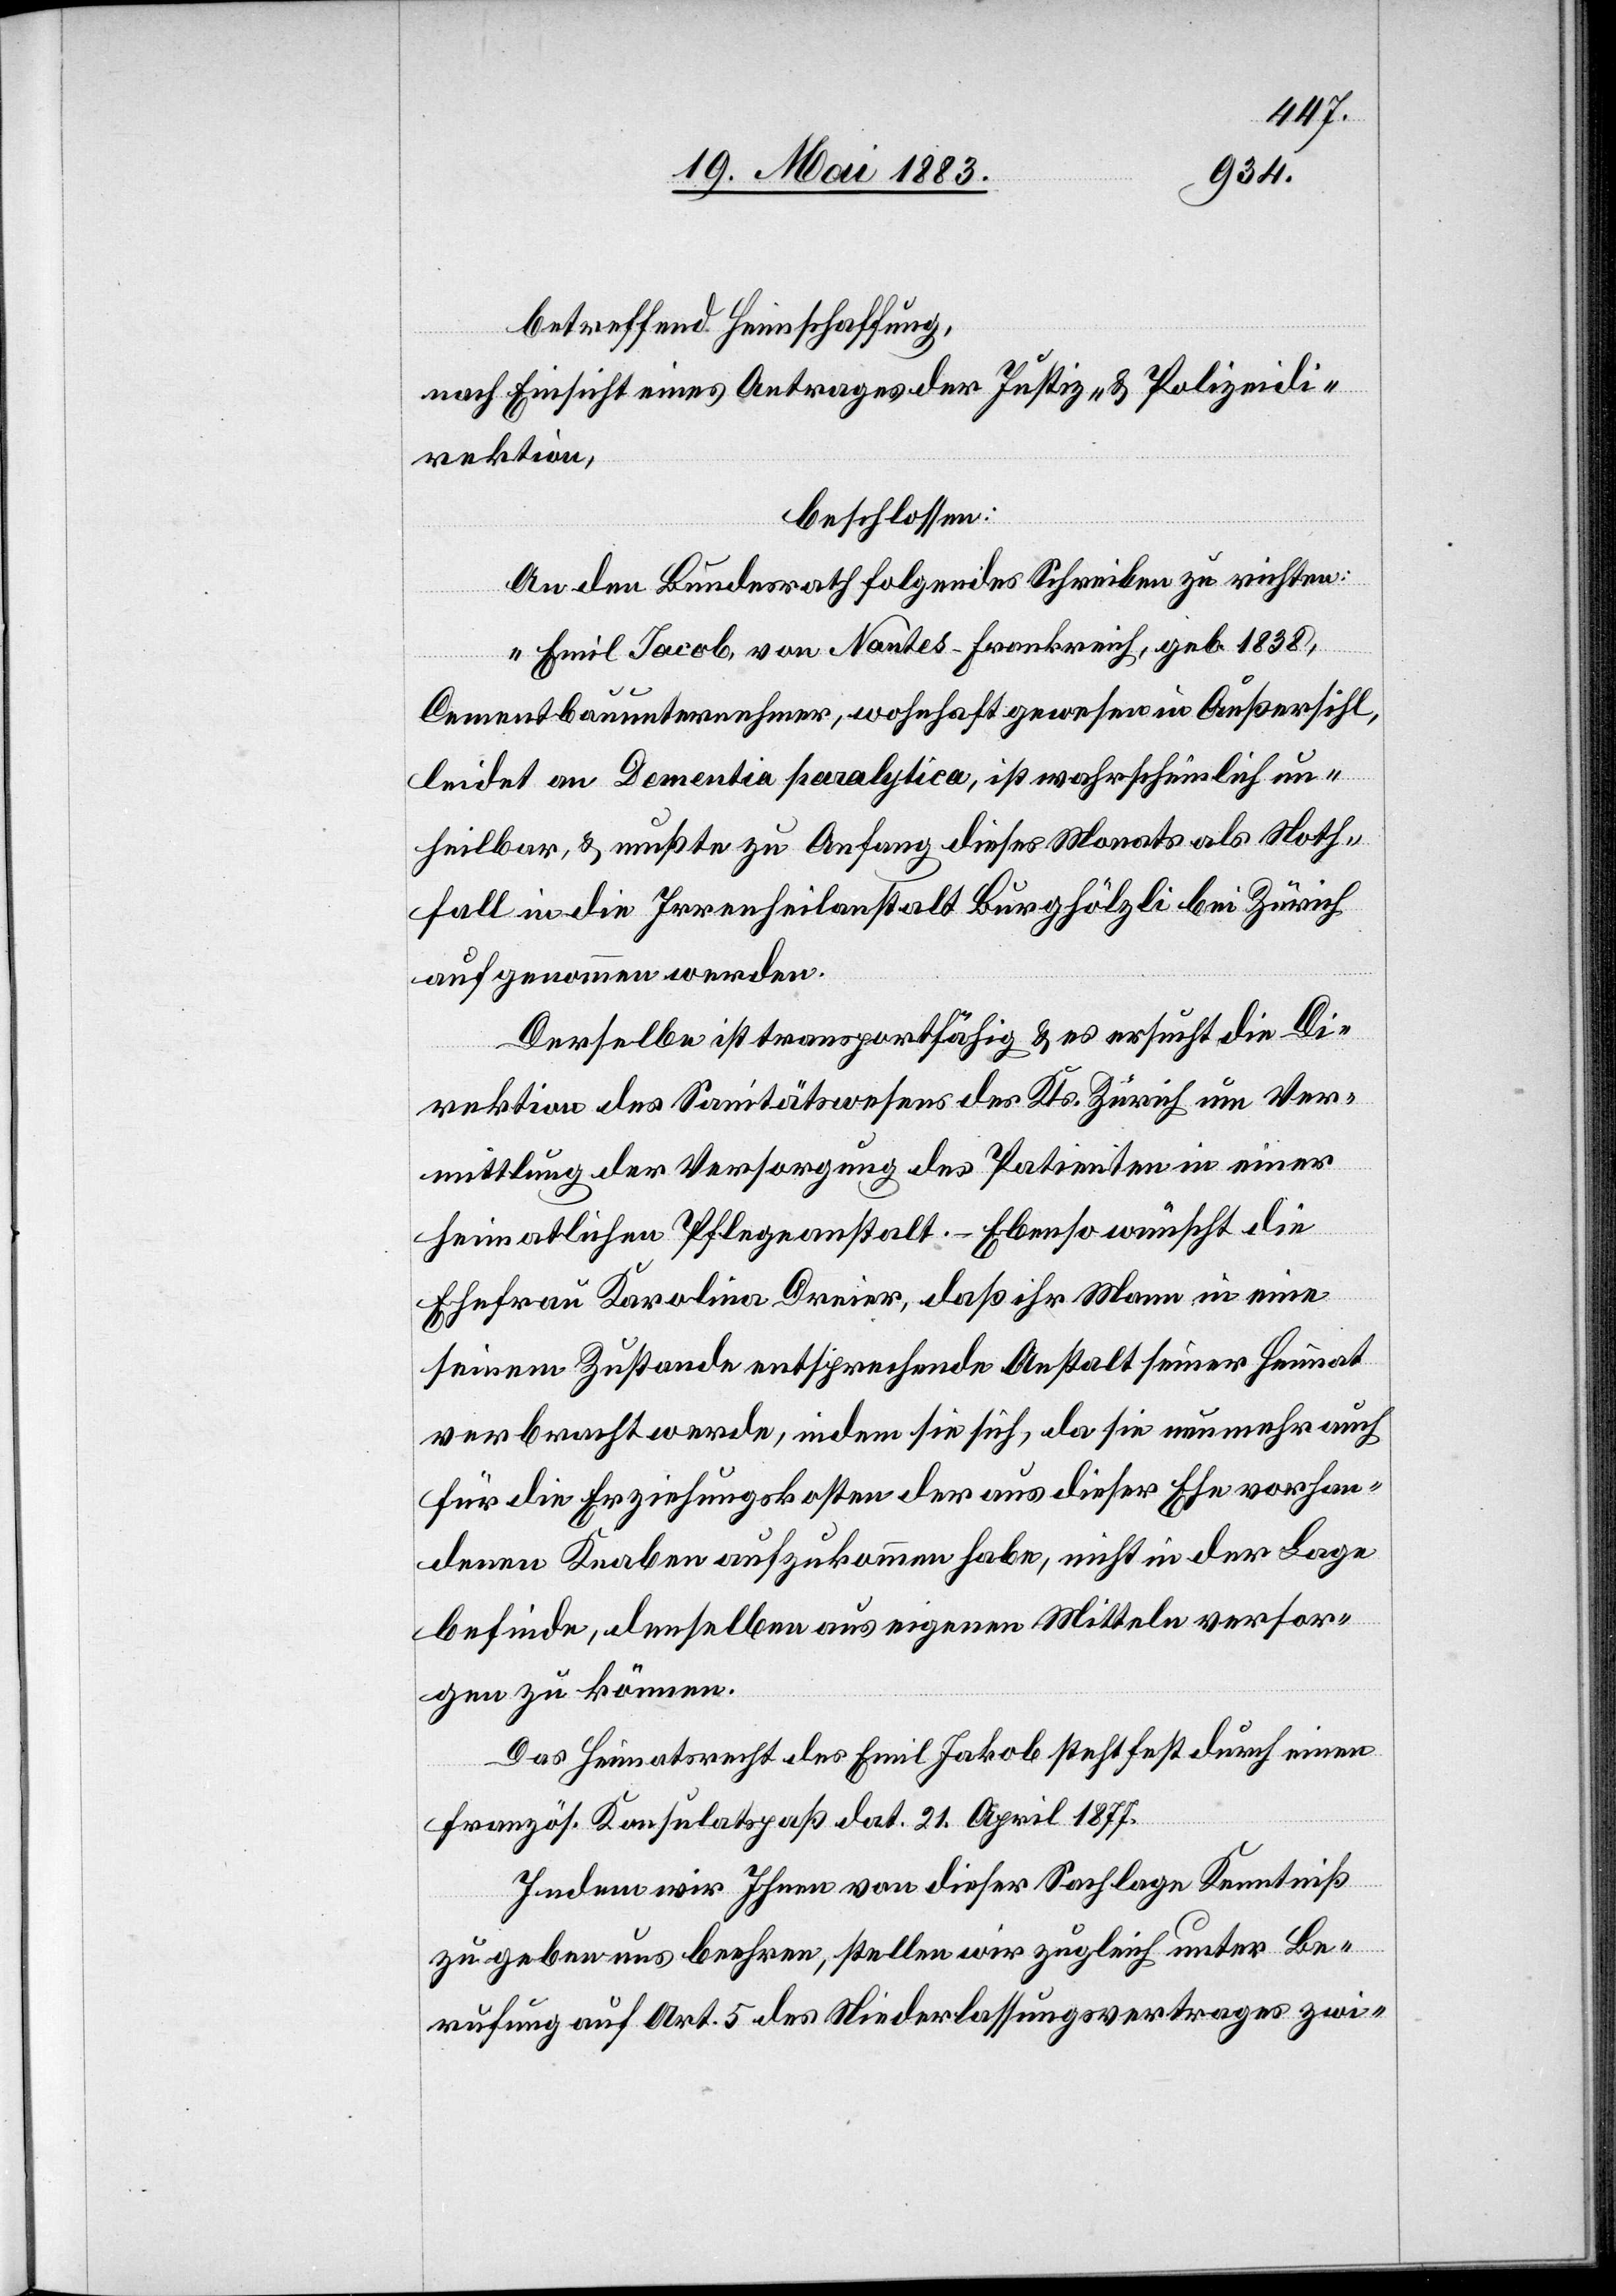
betreffend Heimschaffung,
nach Einsicht eines Antrages der Justiz- & Polizeidi¬
rektion,
beschlossen:
An den Bundesrath folgendes Schreiben zu richten:
„Emil Jacob [sic!] von Nantes - Frankreich, geb. 1838,
Cementbauunternehmer, wohnhaft gewesen in Außersihl,
leidet an Dementia paralytica, ist wahrscheinlich un¬
heilbar, & mußte zu Anfang dieses Monats als Noth¬
fall in die Irrenheilanstalt Burghölzli bei Zürich
aufgenommen werden.
Derselbe ist transportfähig & es ersucht die Di¬
rektion des Sanitätswesens des Kts. Zürich um Ver¬
mittlung der Versorgung des Patienten in einer
heimatlichen Pflegeanstalt. Ebenso wünscht die
Ehefrau Karolina Dreier, daß ihr Mann in eine
seinem Zustande entsprechende Anstalt seiner Heimat
verbracht werde, indem sie sich, da sie nunmehr auch
für die Erziehungskosten der aus dieser Ehe vorhan¬
denen Knaben aufzukommen habe, nicht in der Lage
befinde, denselben aus eigenen Mitteln versor¬
gen zu können.
Das Heimatrecht des Emil Jakob steht fest durch einen
französ. Konsulatspaß dat. 21. April 1877.
Indem wir Ihnen von dieser Sachlage Kenntniß
zu geben uns beehren, stellen wir zugleich unter Be¬
rufung auf Art. 5 des Niederlassungsvertrages zwi-